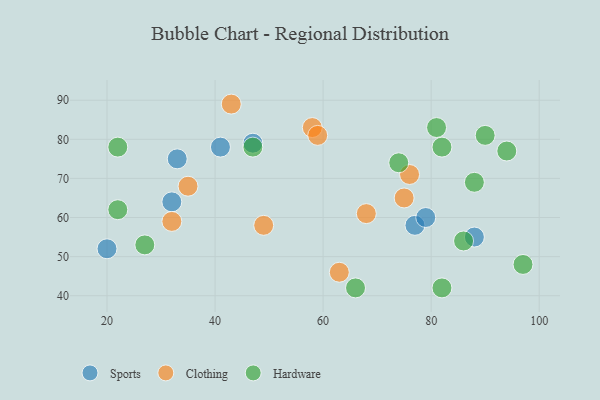
{"axis": {"x": "GDP", "y": "Life Expectancy"}, "legend": ["Clothing", "Hardware", "Sports"], "data": [{"x": "20", "y": 52, "type": "Sports"}, {"x": "88", "y": 55, "type": "Sports"}, {"x": "47", "y": 79, "type": "Sports"}, {"x": "77", "y": 58, "type": "Sports"}, {"x": "32", "y": 64, "type": "Sports"}, {"x": "33", "y": 75, "type": "Sports"}, {"x": "41", "y": 78, "type": "Sports"}, {"x": "79", "y": 60, "type": "Sports"}, {"x": "35", "y": 68, "type": "Clothing"}, {"x": "49", "y": 58, "type": "Clothing"}, {"x": "32", "y": 59, "type": "Clothing"}, {"x": "58", "y": 83, "type": "Clothing"}, {"x": "68", "y": 61, "type": "Clothing"}, {"x": "59", "y": 81, "type": "Clothing"}, {"x": "75", "y": 65, "type": "Clothing"}, {"x": "63", "y": 46, "type": "Clothing"}, {"x": "76", "y": 71, "type": "Clothing"}, {"x": "43", "y": 89, "type": "Clothing"}, {"x": "82", "y": 78, "type": "Hardware"}, {"x": "97", "y": 48, "type": "Hardware"}, {"x": "81", "y": 83, "type": "Hardware"}, {"x": "27", "y": 53, "type": "Hardware"}, {"x": "22", "y": 62, "type": "Hardware"}, {"x": "88", "y": 69, "type": "Hardware"}, {"x": "74", "y": 74, "type": "Hardware"}, {"x": "82", "y": 42, "type": "Hardware"}, {"x": "22", "y": 78, "type": "Hardware"}, {"x": "86", "y": 54, "type": "Hardware"}, {"x": "94", "y": 77, "type": "Hardware"}, {"x": "66", "y": 42, "type": "Hardware"}, {"x": "90", "y": 81, "type": "Hardware"}, {"x": "47", "y": 78, "type": "Hardware"}]}